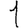
Digit: 1